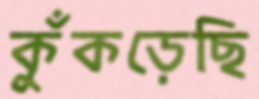
কুঁকড়েছি